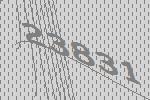
23831